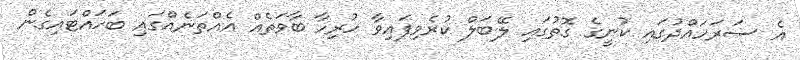
އެ ސަރަހައްދުގައި ކުނީގެ ގޮތުގައި ލޭބަލް ކުރެވިފައިވާ ހުރިހާ ބާވަތެއް އެއްތަނެއްގައި ބަހައްޓައިގެން